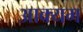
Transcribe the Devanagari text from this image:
आक्यम